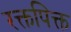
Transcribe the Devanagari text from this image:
रक्तपिक्त